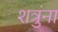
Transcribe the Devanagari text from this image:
शत्रुंना